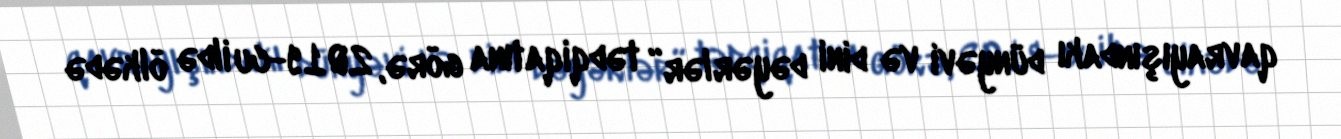
qavrayışındakı dünyəvi və dini dəyərlər” tədqiqatına görə, 2019-cu ildə ölkədə